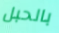
بالحبل